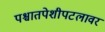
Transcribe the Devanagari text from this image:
पश्चातपेशीपटलावर